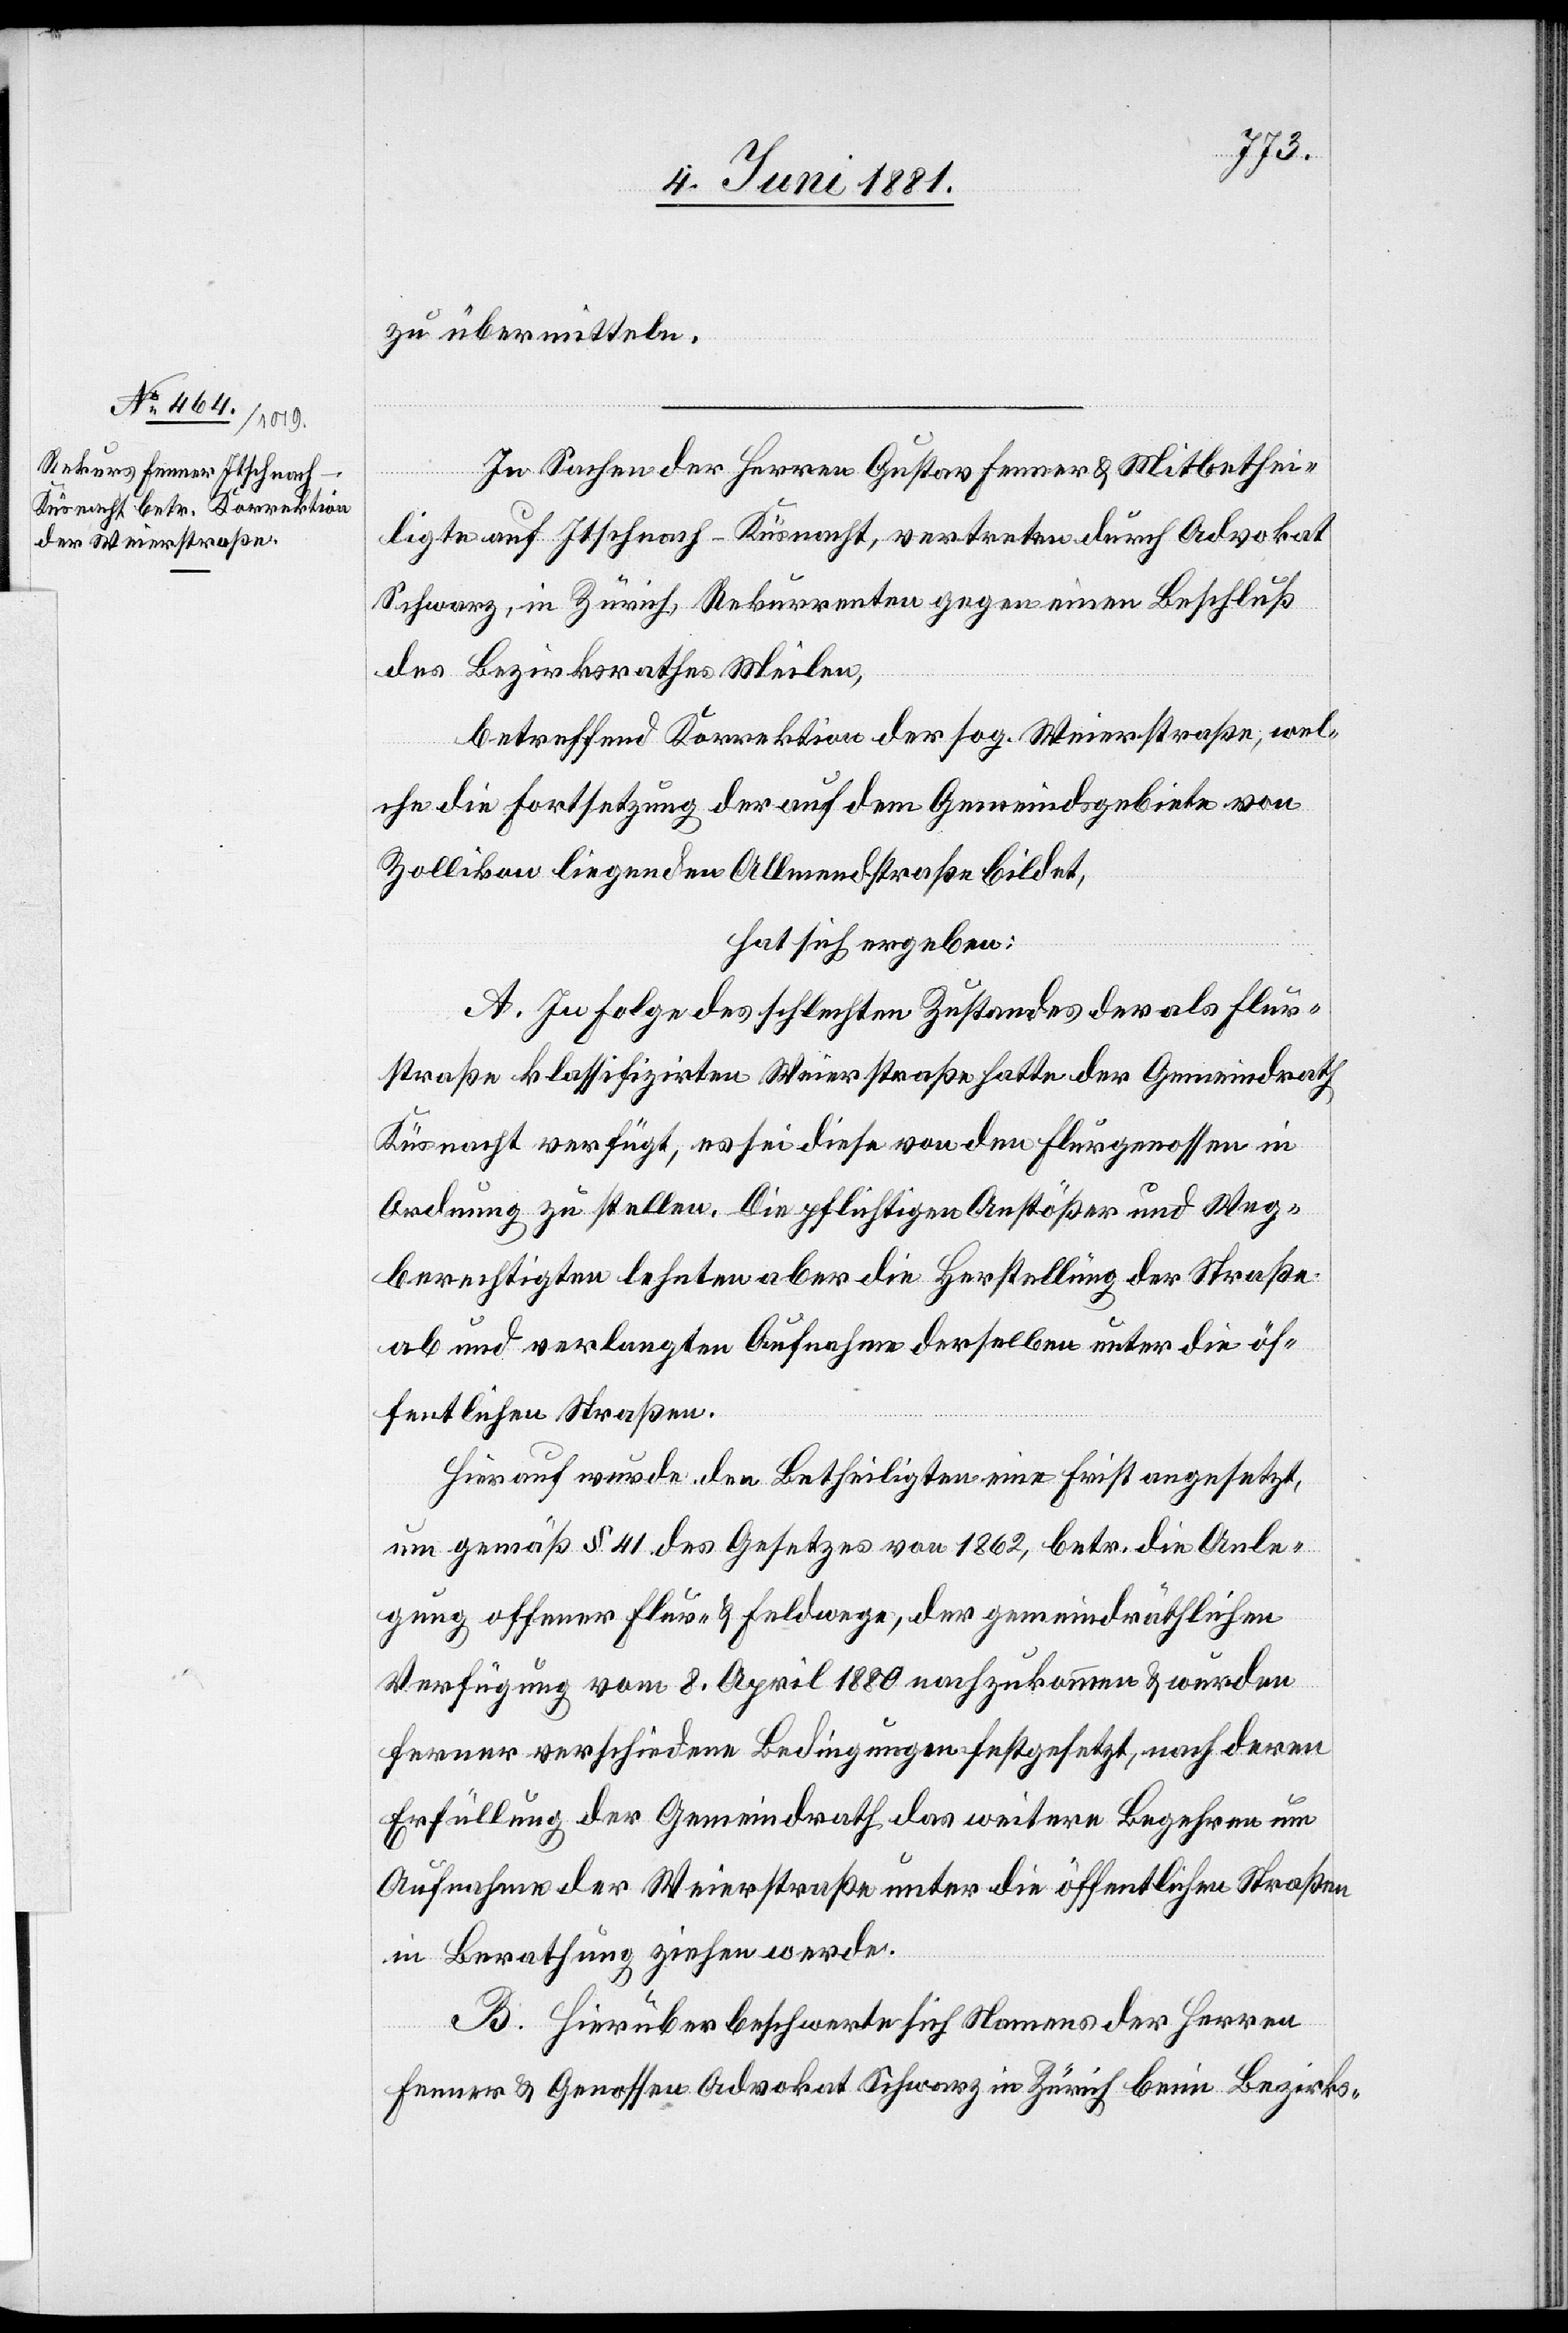
zu übermitteln.
In Sachen der Herren Gustav Ferner & Mitbethei¬
ligte auf Itschnach - Küsnacht, vertreten durch Advokat
Schwarz, in Zürich, Rekurrenten gegen einen Beschluß
des Bezirksrathes Meilen,
betreffend Korrektion der sog. Weierstraße, wel¬
che die Fortsetzung der auf dem Gemeindsgebiete von
Zollikon liegenden Allmendstraße bildet,
hat sich ergeben:
A. In Folge des schlechten Zustandes der als Flur¬
straße klassifizirten Weierstraße hatte der Gemeindrath
Küsnacht verfügt, es sei diese von den Flurgenossen in
Ordnung zu stellen. Die pflichtigen Anstößer und Weg¬
berechtigten lehnten aber die Herstellung der Straße
ab und verlangten Aufnahme derselben unter die öf¬
fentlichen Straßen.
Hierauf wurde den Betheiligten eine Frist angesetzt,
um gemäß § 41 des Gesetzes von 1862, betr. die Anle¬
gung offener Flur- & Feldwege, der gemeindräthlichen
Verfügung vom 8. April 1880 nachzukommen & wurden
ferner verschiedene Bedingungen festgesetzt, nach deren
Erfüllung der Gemeindrath das weitere Begehren um
Aufnahme der Weierstraße unter die öffentliche Straßen
in Berathung ziehen werde.
B. Hierüber beschwerte sich Namens der Herren
Fenner & Genossen Advokat Schwarz in Zürich beim Bezirks-